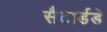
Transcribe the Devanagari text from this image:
सैटार्डडे